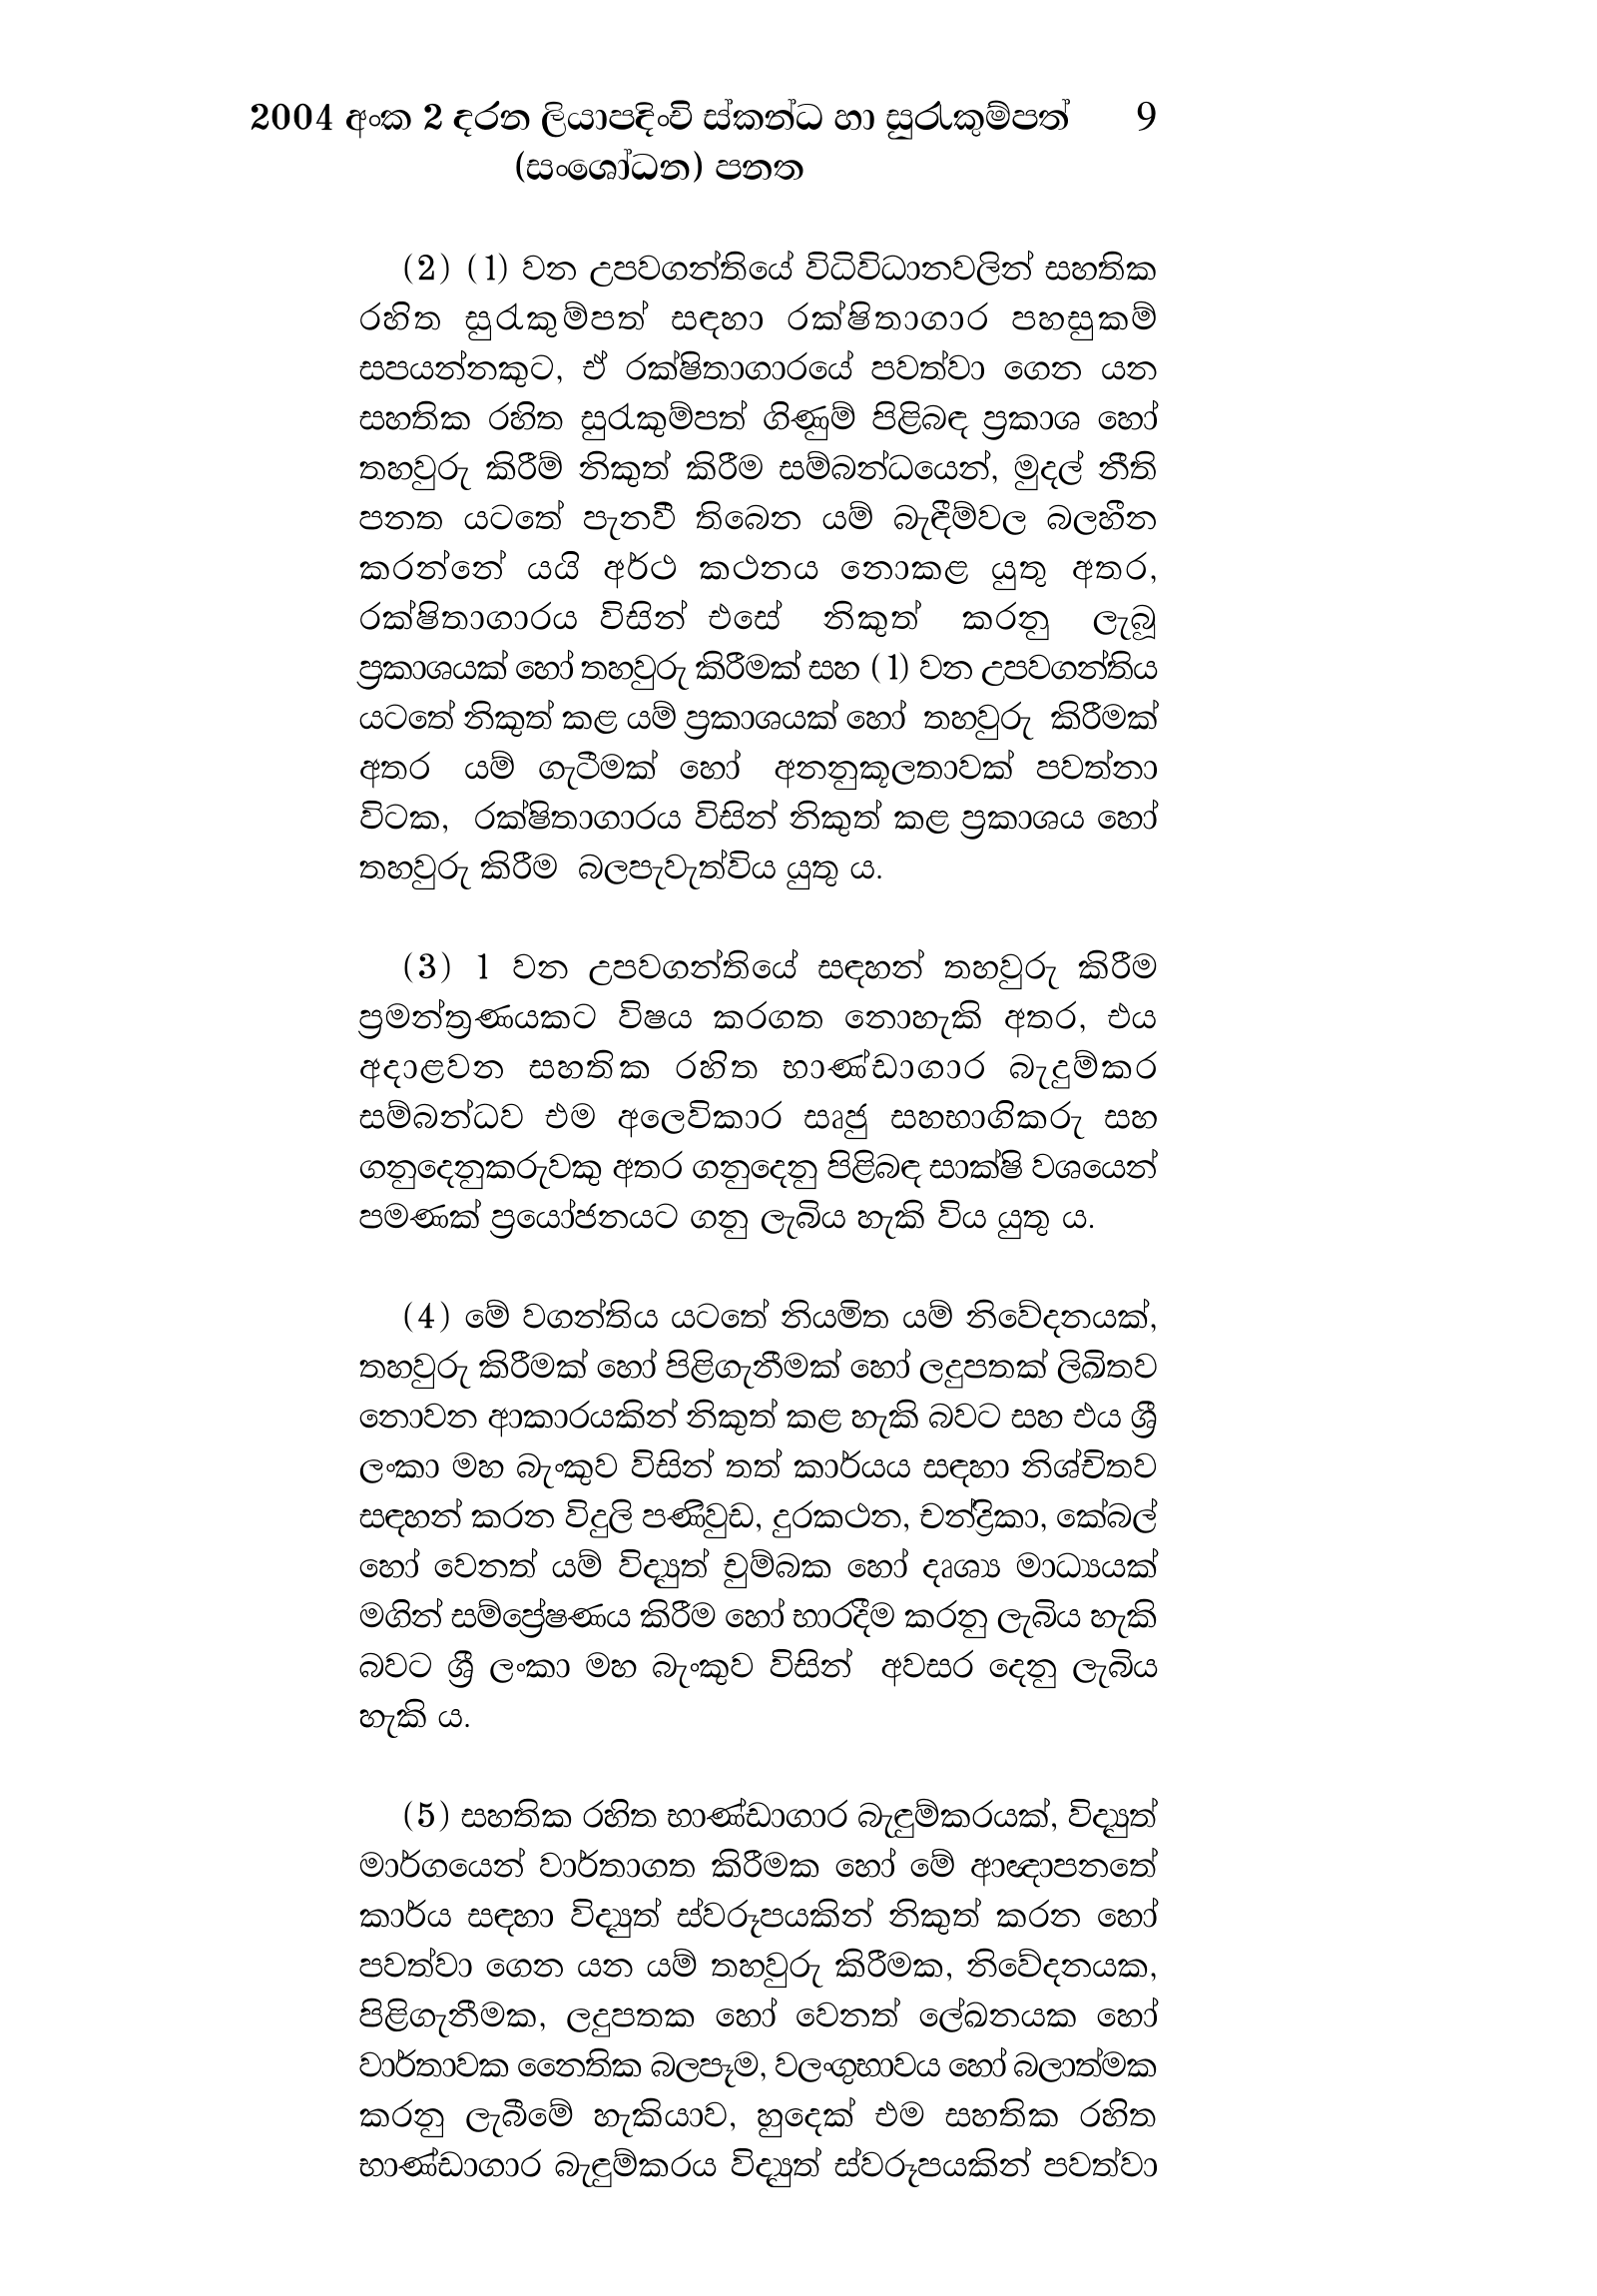
2004 අංක 2 දරන ලියාපදිංචි ස්කන්ධ හා සුරැකුම්පත් 9
(සංශෝධන) පනත

(2) (1) වන උපවගන්තියේ විධිවිධානවලින් සහතික
රහිත සුරැකුම්පත් සඳහා රක්ෂිතාගාර පහසුකම්
සපයන්නකුට, ඒ රක්ෂිතාගාරයේ පවත්වා ගෙන යන
සහතික රහිත සුරැකුම්පත් ගිණුම් පිළිබඳ ප්‍රකාශ හෝ
තහවුරු කිරීම් නිකුත් කිරීම සම්බන්ධයෙන්, මුදල් නීති
පනත යටතේ පැනවී තිබෙන යම් බැඳීම්වල බලහීන
කරන්නේ යයි අර්ථ කථනය නොකළ යුතු අතර,
රක්ෂිතාගාරය විසින් එසේ නිකුත් කරනු ලැබූ
ප්‍රකාශයක් හෝ තහවුරු කිරීමක් සහ ( 1) වන උපවගන්තිය
යටතේ නිකුත් කළ යම් ප්‍රකාශයක් හෝ තහවුරු කිරීමක්
අතර යම් ගැටීමක් හෝ අනනුකූලතාවක් පවත්නා
විටක, රක්ෂිතාගාරය විසින් නිකුත් කළ ප්‍රකාශය හෝ
තහවුරු කිරීම බලපැවැත්විය යුතු ය.

(3) 1 වන උපවගන්තියේ සඳහන් තහවුරු කිරීම
ප්‍රමන්ත්‍රණයකට විෂය කරගත නොහැකි අතර, එය
අදාළවන සහතික රහිත භාණ්ඩාගාර බැදුම්කර
සම්බන්ධව එම අලෙවිකාර සෘජු සහභාගිකරු සහ
ගනුදෙනුකරුවකු අතර ගනුදෙනු පිළිබඳ සාක්ෂි වශයෙන්
පමණක් ප්‍රයෝජනයට ගනු ලැබිය හැකි විය යුතු ය.

(4) මේ වගන්තිය යටතේ නියමිත යම් නිවේදනයක්,
තහවුරු කිරීමක් හෝ පිළිගැනීමක් හෝ ලදුපතක් ලිඛිතව
නොවන ආකාරයකින් නිකුත් කළ හැකි බවට සහ එය ශ්‍රී
ලංකා මහ බැංකුව විසින් තත් කාර්යය සඳහා නිශ්චිතව
සඳහන් කරන විදුලි පණිවුඩ, දුරකථන, චන්ද්‍රිකා, කේබල්
හෝ වෙනත් යම් විද්‍යුත් චුම්බක හෝ දෘශ්‍ය මාධ්‍යයක්
මගින් සම්ප්‍රේෂණය කිරීම හෝ භාරදීම කරනු ලැබිය හැකි
බවට ශ්‍රී ලංකා මහ බැංකුව විසින් අවසර දෙනු ලැබිය
හැකි ය.

(5)සහතික රහිත භාණ්ඩාගාර බැඳුම්කරයක්, විද්‍යුත්
මාර්ගයෙන් වාර්තාගත කිරීමක හෝ මේ ආඥාපනතේ
කාර්ය සඳහා විද්‍යුත් ස්වරූපයකින් නිකුත් කරන හෝ
පවත්වා ගෙන යන යම් තහවුරු කිරීමක, නිවේදනයක,
පිළිගැනීමක, ලදුපතක හෝ වෙනත් ලේඛනයක හෝ
වාර්තාවක නෛතික බලපෑම, වලංගුභාවය හෝ බලාත්මක
කරනු ලැබීමේ හැකියාව, හුදෙක් එම සහතික රහිත
භාණ්ඩාගාර බැඳුම්කරය විද්‍යුත් ස්වරූපයකින් පවත්වා